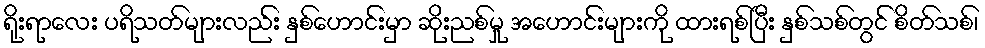
ရိုးရာလေး ပရိသတ်များလည်း နှစ်ဟောင်းမှာ ဆိုးညစ်မှု အဟောင်းများကို ထားရစ်ပြီး နှစ်သစ်တွင် စိတ်သစ်၊